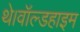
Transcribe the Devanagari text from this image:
थे।वॉल्डहाइम